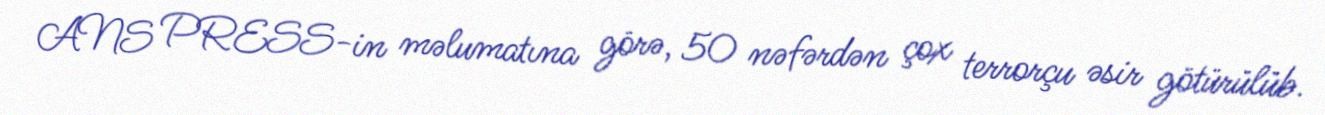
ANS PRESS-in məlumatına görə, 50 nəfərdən çox terrorçu əsir götürülüb.